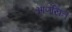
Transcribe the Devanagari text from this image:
आणखिन